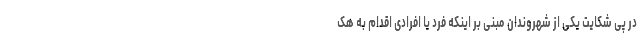
در پی شکایت یکی از شهروندان مبنی بر اینکه فرد یا افرادی اقدام به هک